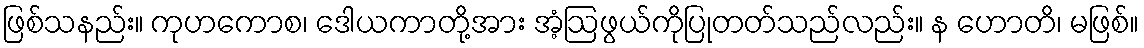
ဖြစ်သနည်း။ ကုဟကောစ၊ ဒေါယကာတို့အား အံ့ဩဖွယ်ကိုပြုတတ်သည်လည်း။ န ဟောတိ၊ မဖြစ်။